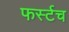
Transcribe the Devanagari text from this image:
फर्स्टच